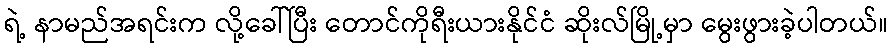
ရဲ့ နာမည်အရင်းက လို့ခေါ်ပြီး တောင်ကိုရီးယားနိုင်ငံ ဆိုးလ်မြို့မှာ မွေးဖွားခဲ့ပါတယ်။